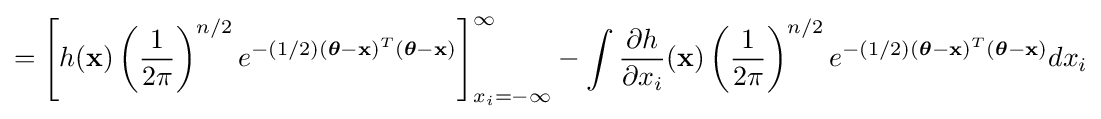
=\left[h(\mathbf {x} )\left({\frac {1}{2\pi }}\right)^{n/2}e^{-(1/2)({\boldsymbol {\theta }}-\mathbf {x} )^{T}({\boldsymbol {\theta }}-\mathbf {x} )}\right]_{x_{i}=-\infty }^{\infty }-\int {\frac {\partial h}{\partial x_{i}}}(\mathbf {x} )\left({\frac {1}{2\pi }}\right)^{n/2}e^{-(1/2)({\boldsymbol {\theta }}-\mathbf {x} )^{T}({\boldsymbol {\theta }}-\mathbf {x} )}dx_{i}